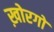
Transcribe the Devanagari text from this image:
ख़ोरगो